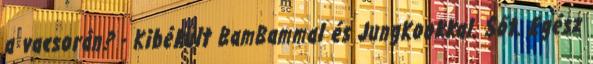
a vacsorán? - Kibékült BamBammal és JungKookkal. Sőt. Egész